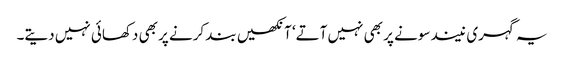
یہ گہری نیند سونے پر بھی نہیں آتے‘ آنکھیں بند کرنے پر بھی دکھائی نہیں دیتے۔